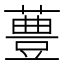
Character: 𱾧